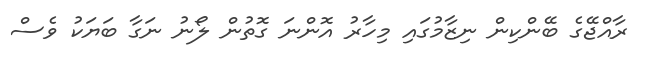
ރާއްޖޭގެ ބޭންކިން ނިޒާމުގައި މިހާރު އޮންނަ ގޮތުން ލޯނު ނަގާ ބަޔަކު ވެސް